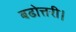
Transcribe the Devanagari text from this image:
बढोत्तरी।